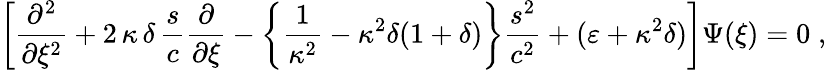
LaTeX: \left[\frac{\partial^{2}}{\partial\xi^{2}}+2\, \kappa\, \delta\, \frac{s}{c}\frac{\partial}{\partial\xi}-\left\{ \frac{1}{\kappa^{2}}-\kappa^{2}\delta(1+\delta)\right\} \frac{s^{2}}{c^{2}}+(\varepsilon+\kappa^{2}\delta)\right]\Psi(\xi)=0\; ,